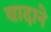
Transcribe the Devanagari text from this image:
वादाने